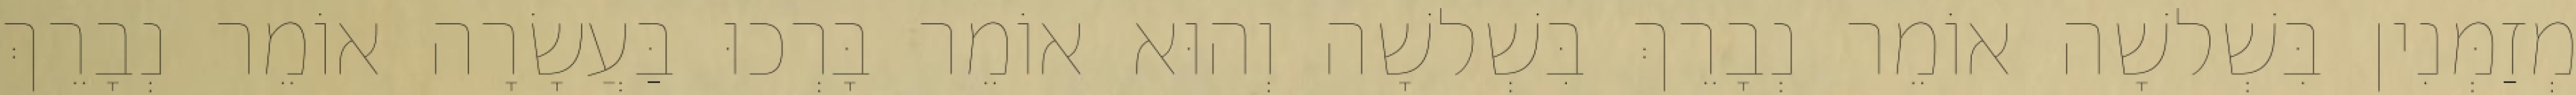
מְזַמְּנִין בִּשְׁלשָׁה אוֹמֵר נְבָרֵךְ בִּשְׁלשָׁה וְהוּא אוֹמֵר בָּרְכוּ בַּעֲשָׂרָה אוֹמֵר נְבָרֵךְ